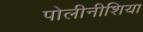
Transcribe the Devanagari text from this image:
पोलीनीशिया